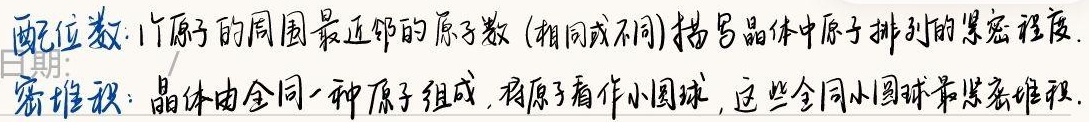
配位数：1个原子的周围最近邻的原子数（相同或不同），用于描写晶体中原子排列的紧密程度。

密堆积：晶体由全同一种原子组成，将原子看作小圆球，这些全同小圆球最紧密堆积。